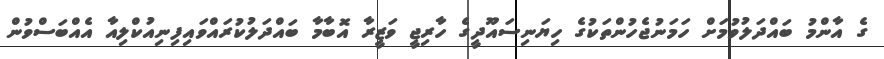
ގެ އާންމު ބައްދަލުވުމަށް ހަމަނުޖެހުންތަކުގެ ހިޔަނިސައޫދީގެ ހާރިޖީ ވަޒީރާ އޮބާމާ ބައްދަލުކުރައްވައިފިނިއުކްލިއާ އެއްބަސްވުން